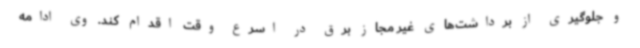
و جلوگیری از برداشت‌های غیر مجاز برق در اسرع وقت اقدام کند. وی ادامه